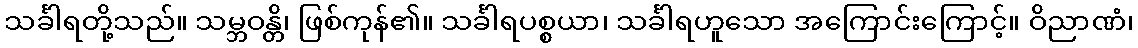
သင်္ခါရတို့သည်။ သမ္ဘဝန္တိ၊ ဖြစ်ကုန်၏။ သင်္ခါရပစ္စယာ၊ သင်္ခါရဟူသော အကြောင်းကြောင့်။ ဝိညာဏံ၊